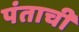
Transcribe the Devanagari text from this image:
पंताची